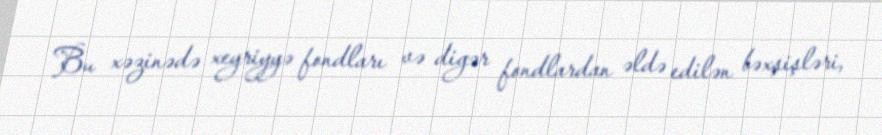
Bu xəzinədə xeyriyyə fondları və digər fondlardan əldə edilən bəxşişləri,